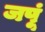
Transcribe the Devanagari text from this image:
जपूं